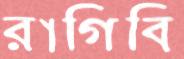
রাগিবি